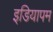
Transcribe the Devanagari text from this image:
इडियापम